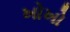
ખોખો